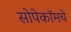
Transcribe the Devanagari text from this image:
सोपेकॉमचे